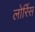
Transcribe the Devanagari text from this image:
लोर्रिस